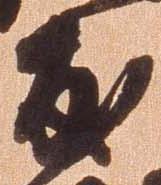
友